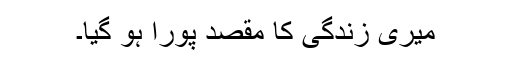
میری زندگی کا مقصد پورا ہو گیا۔